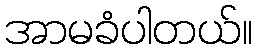
အာမခံပါတယ်။